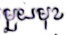
 មួយមុខ